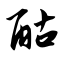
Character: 酤